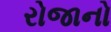
રોજાનો